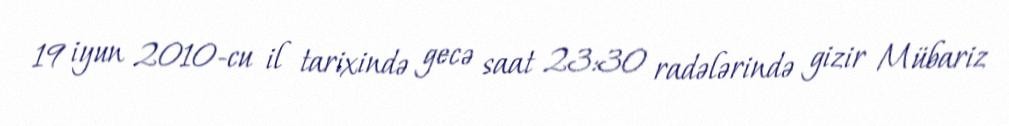
19 iyun 2010-cu il tarixində gecə saat 23:30 radələrində gizir Mübariz